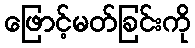
ဖြောင့်မတ်ခြင်းကို